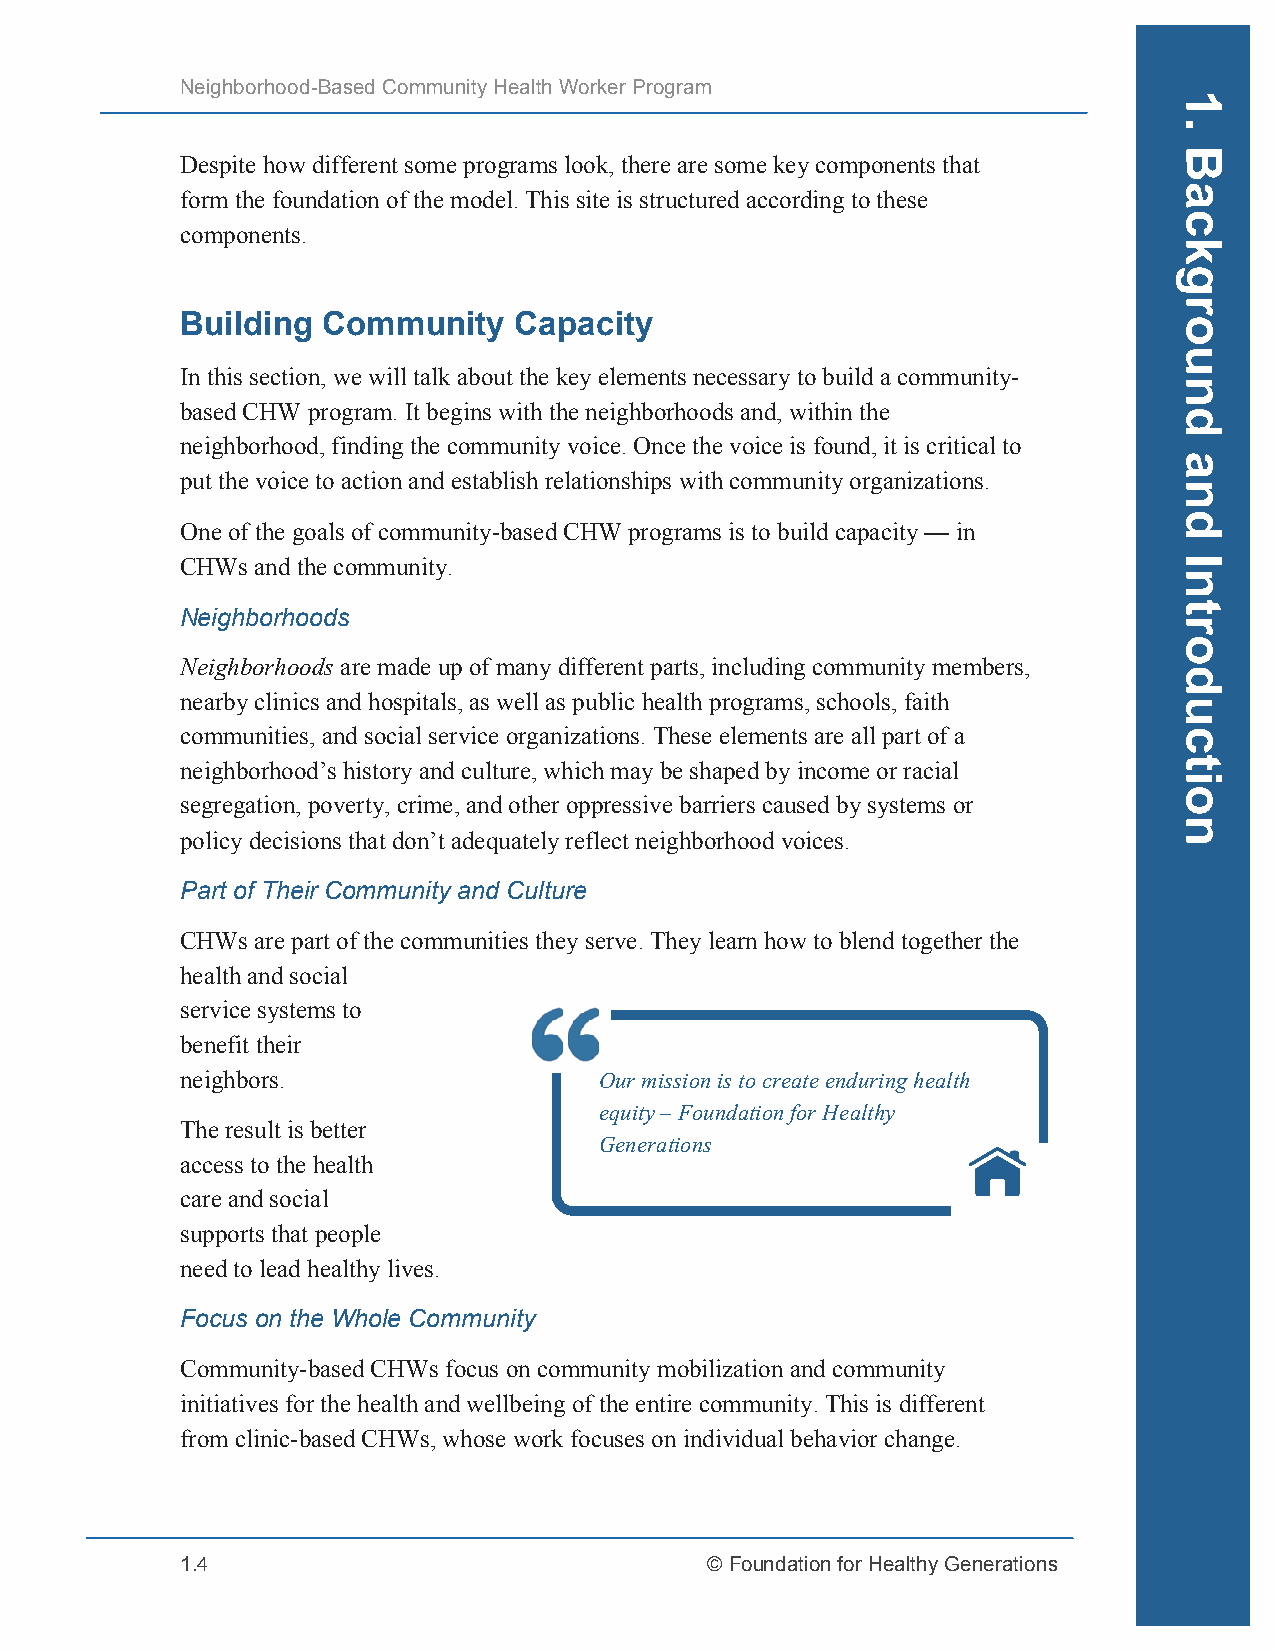
Neighborhood-Based Community Health Worker Program
 Despite how different some programs look, there are some key components that
 form the foundation of the model. This site is structured according to these
 components.
 Building Community    Capacity
 In this section, we will talk about the key elements necessary to build a community-
 based CHW program. It begins with the neighborhoods and, within the
 neighborhood, finding the community voice. Once the voice is found, it is critical to
 put the voice to action and establish relationships with community organizations.
 One of the goals of community-based CHW programs is to build capacity — in
 CHWs and the community.
 Neighborhoods
 Neighborhoods are made up of many different parts, including community members,
 nearby clinics and hospitals, as well as public health programs, schools, faith
 communities, and social service organizations. These elements are all part of a
 neighborhood’s history and culture, which may be shaped by income or racial
 segregation, poverty, crime, and other oppressive barriers caused by systems or
 policy decisions that don’t adequately reflect neighborhood voices.
 Part of Their Community and Culture
 CHWs are part of the communities they serve. They learn how to blend together the
 health and social
 service systems to
 benefit their
 neighbors.                  Our mission is to create enduring health
 equity – Foundation for Healthy
 The result is better
 Generations
 access to the health
 care and social
 supports that people
 need to lead healthy lives.
 Focus on the Whole Community
 Community-based CHWs focus on community mobilization and community
 initiatives for the health and wellbeing of the entire community. This is different
 from clinic-based CHWs, whose work focuses on individual behavior change.
 1.4                                © Foundation for Healthy Generations
 1.
 Background
 and
 Introduction